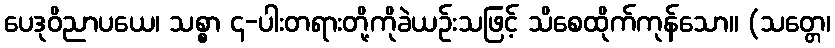
ပေဒုဝိညာပယေ၊ သစ္စာ ၄-ပါးတရားတို့ကိုခဲယဉ်းသဖြင့် သိစေထိုက်ကုန်သော။ (သတ္တေ၊